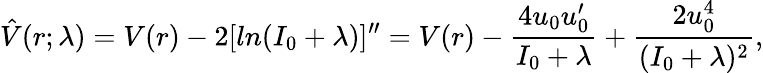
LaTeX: \hat{V}(r;\lambda)=V(r)-2[ln(I_{0}+\lambda)]^{\prime\prime}=V(r)-\frac{4u_{0}u_{0}^{\prime}}{I_{0}+\lambda}+\frac{2u_{0}^{4}}{(I_{0}+\lambda)^{2}},